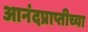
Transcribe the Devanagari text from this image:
आनंदप्राप्तीच्या